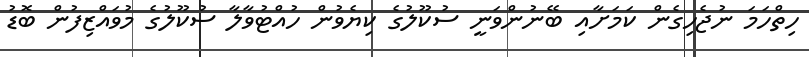
ހިތްހަމަ ނުޖެހިގެން ކަމަށާއި ބޭނުންވަނީ ސުކޫލުގެ ކިޔެވުން ހުއްޓުވާލާ ސުކޫލުގެ މުވައްޒިފުން ބޮޑު